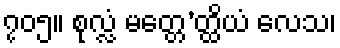
၇၀၅။ စုလ္လံ မတ္တေ’တ္ထိယံ လေသ၊